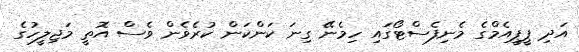
އަދި ޕީޕީއެމްގެ މެނިފެސްޓޯގައި ހިމެނޭ ގިނަ ކަންކަން ކުރެވެން ވެސް އޮތީ މަޖިލީހުގެ